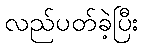
လည်ပတ်ခဲ့ပြီး